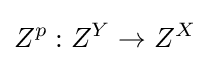
Z^{p}:Z^{Y}\to Z^{X}